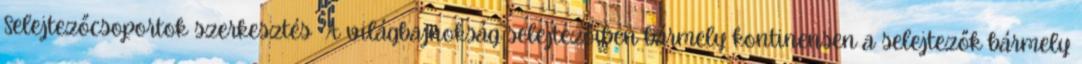
Selejtezőcsoportok szerkesztés A világbajnokság selejtezőiben bármely kontinensen a selejtezők bármely